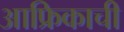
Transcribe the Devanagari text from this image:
आफ्रिकाची